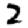
Digit: 2